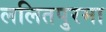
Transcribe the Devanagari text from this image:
ललितपुरमा